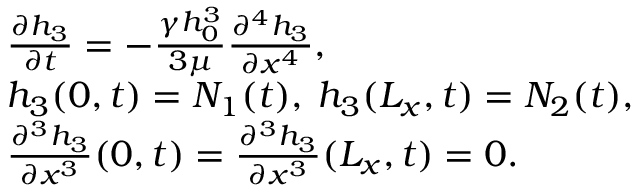
\begin{array} { r l } & { \frac { \partial h _ { 3 } } { \partial t } = - \frac { \gamma h _ { 0 } ^ { 3 } } { 3 \mu } \frac { \partial ^ { 4 } h _ { 3 } } { \partial x ^ { 4 } } , } \\ & { h _ { 3 } ( 0 , t ) = N _ { 1 } ( t ) , \: h _ { 3 } ( L _ { x } , t ) = N _ { 2 } ( t ) , } \\ & { \frac { \partial ^ { 3 } h _ { 3 } } { \partial x ^ { 3 } } ( 0 , t ) = \frac { \partial ^ { 3 } h _ { 3 } } { \partial x ^ { 3 } } ( L _ { x } , t ) = 0 . } \end{array}